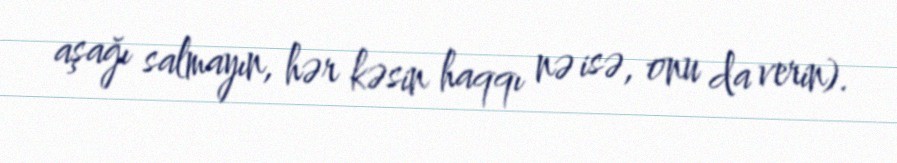
aşağı salmayın, hər kəsin haqqı nə isə, onu da verin).